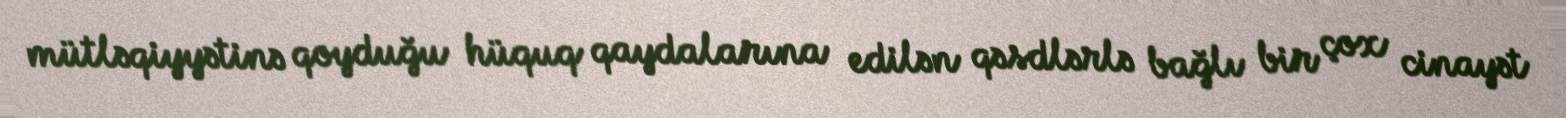
mütləqiyyətinə qoyduğu hüquq qaydalarına edilən qəsdlərlə bağlı bir çox cinayət